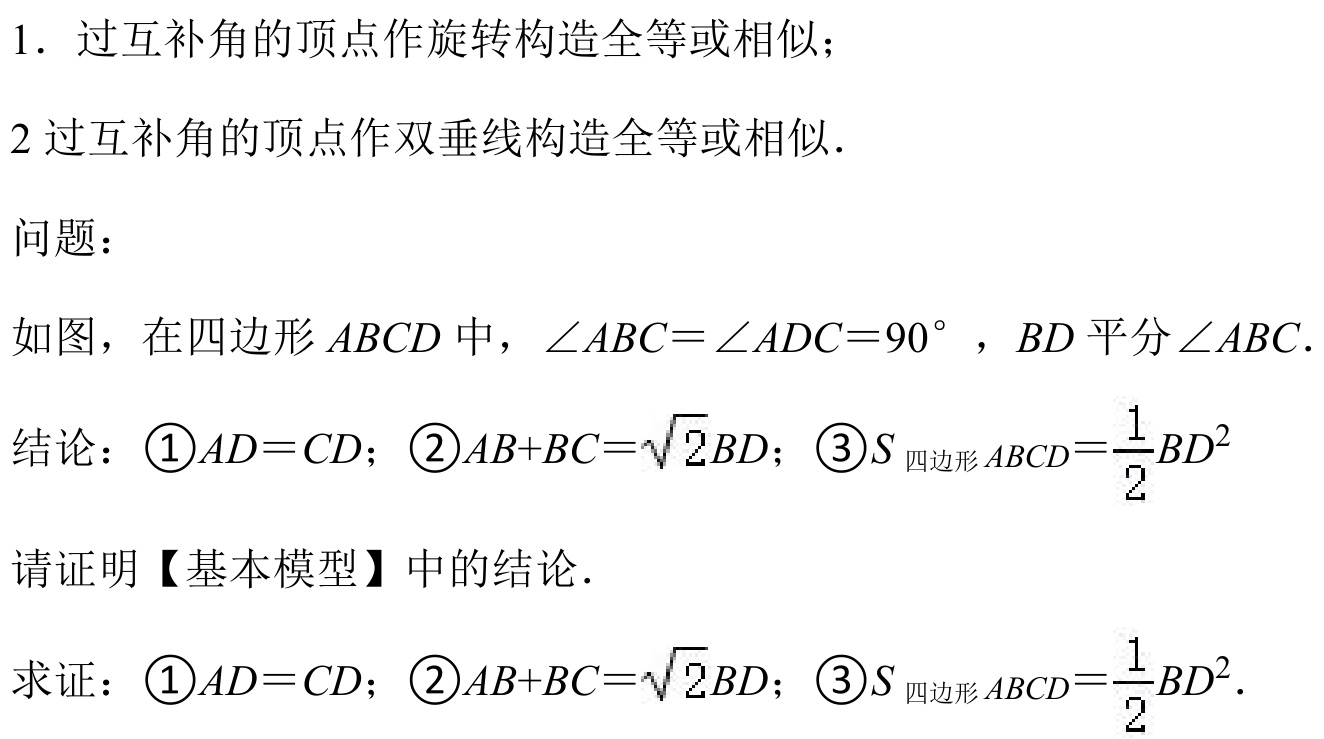
1. 过互补角的顶点作旋转构造全等或相似；
2 过互补角的顶点作双垂线构造全等或相似.
问题：
如图，在四边形 \(ABCD\) 中，\(\angle ABC = \angle ADC=90^{\circ}\)，\(BD\) 平分 \(\angle ABC\).
结论：\(\textcircled{1}AD = CD\)；\(\textcircled{2}AB + BC=\sqrt{2}BD\)；\(\textcircled{3}S_{\text{四边形}ABCD}=\frac{1}{2}BD^{2}\)
请证明【基本模型】中的结论.
求证：\(\textcircled{1}AD = CD\)；\(\textcircled{2}AB + BC=\sqrt{2}BD\)；\(\textcircled{3}S_{\text{四边形}ABCD}=\frac{1}{2}BD^{2}\).